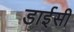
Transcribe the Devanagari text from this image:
डाईसी